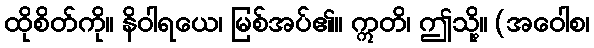
ထိုစိတ်ကို။ နိဝါရယေ၊ မြစ်အပ်၏။ ဣတိ၊ ဤသို့။ (အဝေါစ၊